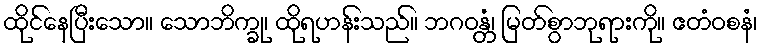
ထိုင်နေပြီးသော။ သောဘိက္ခု၊ ထိုရဟန်းသည်။ ဘဂဝန္တံ၊ မြတ်စွာဘုရားကို။ ဧတံဝစနံ၊